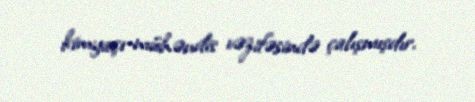
kimyaçı-mühəndis vəzifəsində çalışmışdır.